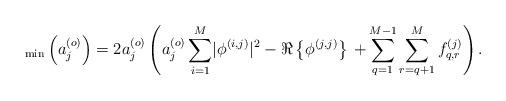
LaTeX: \begin{align*} _{\rm min}\left(a_j^{\left(o\right)}\right)=2 a_j^{\left(o\right)}\left(a_j^{\left(o\right)}\sum_{i=1}^{M} \lvert\phi^{\left(i,j\right)}\rvert^2-\Re\left\{\phi^{\left(j,j\right)}\right\}\right.\left.+\sum_{q=1}^{M-1}\sum_{r=q+1}^{M}f_{q,r}^{\left(j\right)}\right).\end{align*}